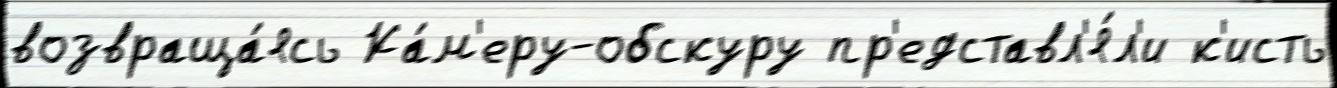
возвраща́ясь Ка́м'еру-обскуру пр'едставл'я́л'и к'исть